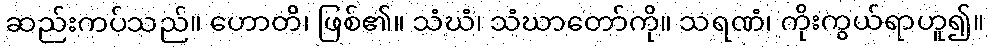
ဆည်းကပ်သည်။ ဟောတိ၊ ဖြစ်၏။ သံဃံ၊ သံဃာတော်ကို။ သရဏံ၊ ကိုးကွယ်ရာဟူ၍။